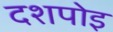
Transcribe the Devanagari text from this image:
दशपोइ